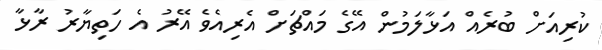
ކުރިއަށް ބުރެއް އަޅާލަމުން އޭގެ މައްޗަށް އެރިއެވެ އޭރު އެ ހަތިޔާރު ރާޅާ